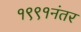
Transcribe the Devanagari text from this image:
१९९१नंतर